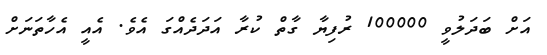
އަށް ބަދަލުވީ 100000 ރުފިޔާ ގާތް ކުރާ އަދަދެއްގަ އެވެ. އެއީ އެހާތަނަށް